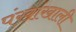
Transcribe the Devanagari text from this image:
पंखांखाली